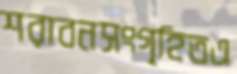
শরাবনসংগৃহিতএ